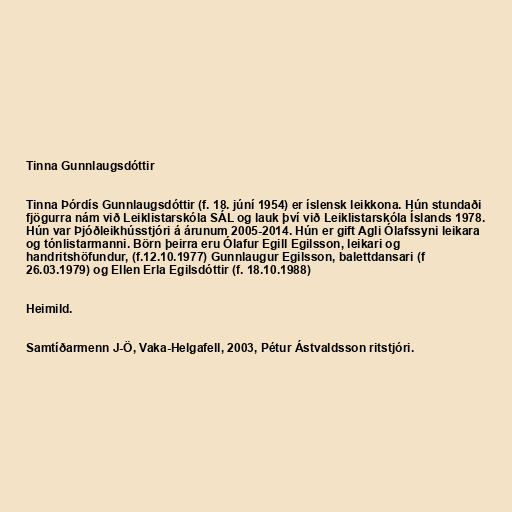
Tinna Gunnlaugsdóttir

Tinna Þórdís Gunnlaugsdóttir (f. 18. júní 1954) er íslensk leikkona. Hún stundaði
fjögurra nám við Leiklistarskóla SÁL og lauk því við Leiklistarskóla Íslands 1978.
Hún var Þjóðleikhússtjóri á árunum 2005-2014. Hún er gift Agli Ólafssyni leikara
og tónlistarmanni. Börn þeirra eru Ólafur Egill Egilsson, leikari og
handritshöfundur, (f.12.10.1977) Gunnlaugur Egilsson, balettdansari (f
26.03.1979) og Ellen Erla Egilsdóttir (f. 18.10.1988)

Heimild.

Samtíðarmenn J-Ö, Vaka-Helgafell, 2003, Pétur Ástvaldsson ritstjóri.